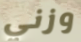
وزني